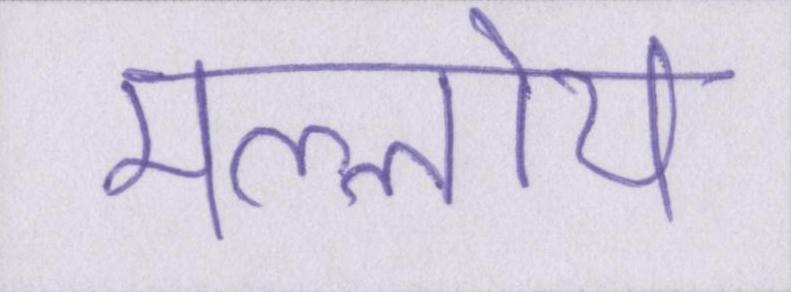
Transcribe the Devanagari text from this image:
मल्लोय